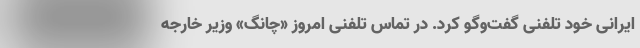
ایرانی خود تلفنی گفت‌وگو کرد. در تماس تلفنی امروز «چانگ» وزیر خارجه